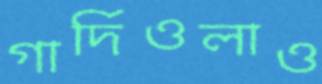
গার্দিওলাও